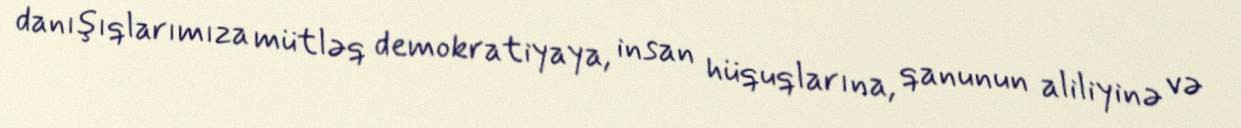
danışıqlarımıza mütləq demokratiyaya, insan hüquqlarına, qanunun aliliyinə və